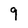
Character: 9